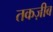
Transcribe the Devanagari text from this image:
तकज़ीब